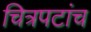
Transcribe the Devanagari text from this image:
चित्रपटांच